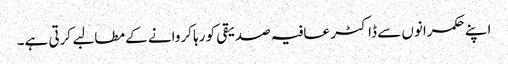
اپنے حکمرانوں سے ڈاکٹر عافیہ صدیقی کو رہا کروانے کے مطالبے کرتی ہے۔